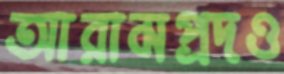
আরামপ্রদও